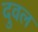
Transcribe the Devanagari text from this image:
दुवल